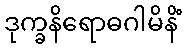
ဒုက္ခနိရောဓဂါမိနိံ